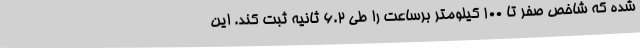
شده که شاخص صفر تا 100 کیلومتر برساعت را طی 6.2 ثانیه ثبت کند. این